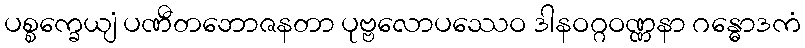
ပစ္စက္ခေယျံ ပဏီတဘောဇနတာ ပုဗ္ဗလောပဿေဝ ဒါနဝဂ္ဂဝဏ္ဏနာ ဂန္ဓောဒကံ